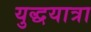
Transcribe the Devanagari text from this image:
युद्धयात्रा